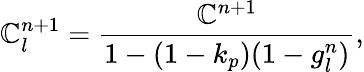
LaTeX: \mathbb{C}_{l}^{n+1}=\frac{{\mathbb{C}^{n+1}}}{{1-(1-k_{p})(1-g_{l}^{n})}},